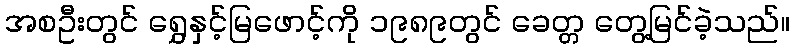
အစဦးတွင် ရွှေနှင့်မြဖောင့်ကို ၁၉၈၉တွင် ခေတ္တ တွေ့မြင်ခဲ့သည်။